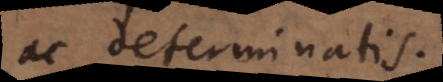
ac determinatis.